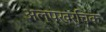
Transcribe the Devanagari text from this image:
अल्पखर्चिक